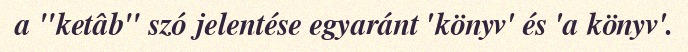
a "ketâb" szó jelentése egyaránt 'könyv' és 'a könyv'.